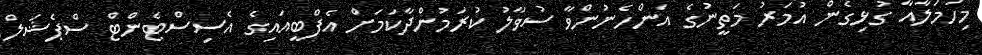
މިހަމަލާއާ ގުޅިގެން އުމަރު މަތީނުގެ އަންހެނުންވާ ސުވާލު ކުރަމުންދާކަމަށް އެފްބީއައިގެ އެސިސްޓެންޓް ސްޕެޝަލް